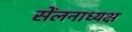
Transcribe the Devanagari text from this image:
सेंलनाध्यक्ष